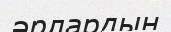
әрлардың